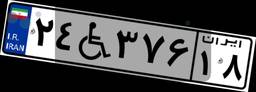
۲۴W۳۷۶۱۸